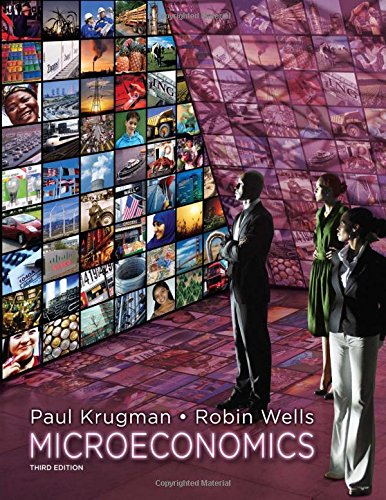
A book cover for Microeconomics; Paul Krugman; Business & Money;